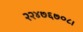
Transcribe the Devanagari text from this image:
२२४७६७०८।